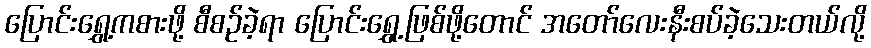
ပြောင်းရွှေ့ကစားဖို့ စီစဉ်ခဲ့ရာ ပြောင်းရွှေ့ဖြစ်ဖို့တောင် အတော်လေးနီးစပ်ခဲ့သေးတယ်လို့